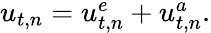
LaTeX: \begin{array}{r}{u_{t,n}=u_{t,n}^{e}+u_{t,n}^{a}.}\end{array}